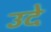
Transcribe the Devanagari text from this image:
उदे